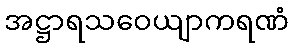
အဋ္ဌာရသဝေယျာကရဏံ